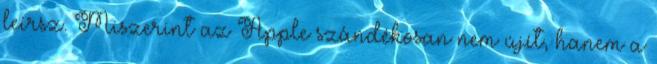
leírsz. Miszerint az Apple szándékosan nem újít, hanem a